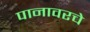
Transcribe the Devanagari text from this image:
पानावरचे